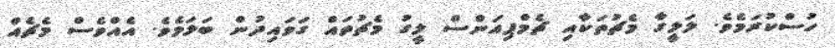
ހުސްކުރަމެވެ. ލަލީގާ މެޗުތަކާއި ޗެމްޕިއަންސް ލީގު މެޗުތައް ގަވައިދުން ބަލަމެވެ. އެއްވެސް މެޗެއް